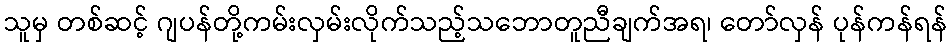
သူမှ တစ်ဆင့် ဂျပန်တို့ကမ်းလှမ်းလိုက်သည့်သဘောတူညီချက်အရ၊ တော်လှန် ပုန်ကန်ရန်